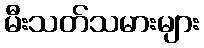
မီးသတ်သမားများ